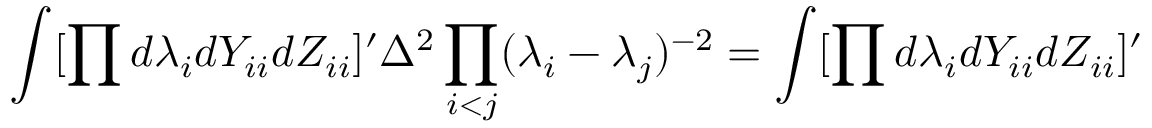
\int [ \prod d \lambda _ { i } d Y _ { i i } d Z _ { i i } ] ^ { \prime } \Delta ^ { 2 } \prod _ { i < j } ( \lambda _ { i } - \lambda _ { j } ) ^ { - 2 } = \int [ \prod d \lambda _ { i } d Y _ { i i } d Z _ { i i } ] ^ { \prime }